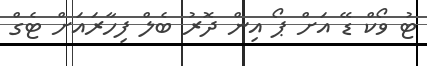
ޓު ވޯކް ޑޭ އަށް ޕޯ އިން ދޮރު ބެލް ފިހާރައަށް ޓެގް